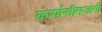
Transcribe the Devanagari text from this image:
कार्यान्वीतजोगी